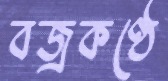
বজ্রকণ্ঠে